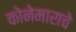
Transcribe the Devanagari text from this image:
कोनेमाराचे